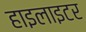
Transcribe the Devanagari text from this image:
हाइलाइटर